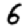
Digit: 6